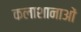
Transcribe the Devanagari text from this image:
कलाशानाओं